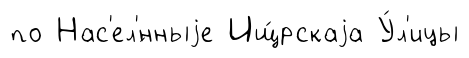
по Нас'ел'́нныjе Ищ́рскаjа У́л'ицы